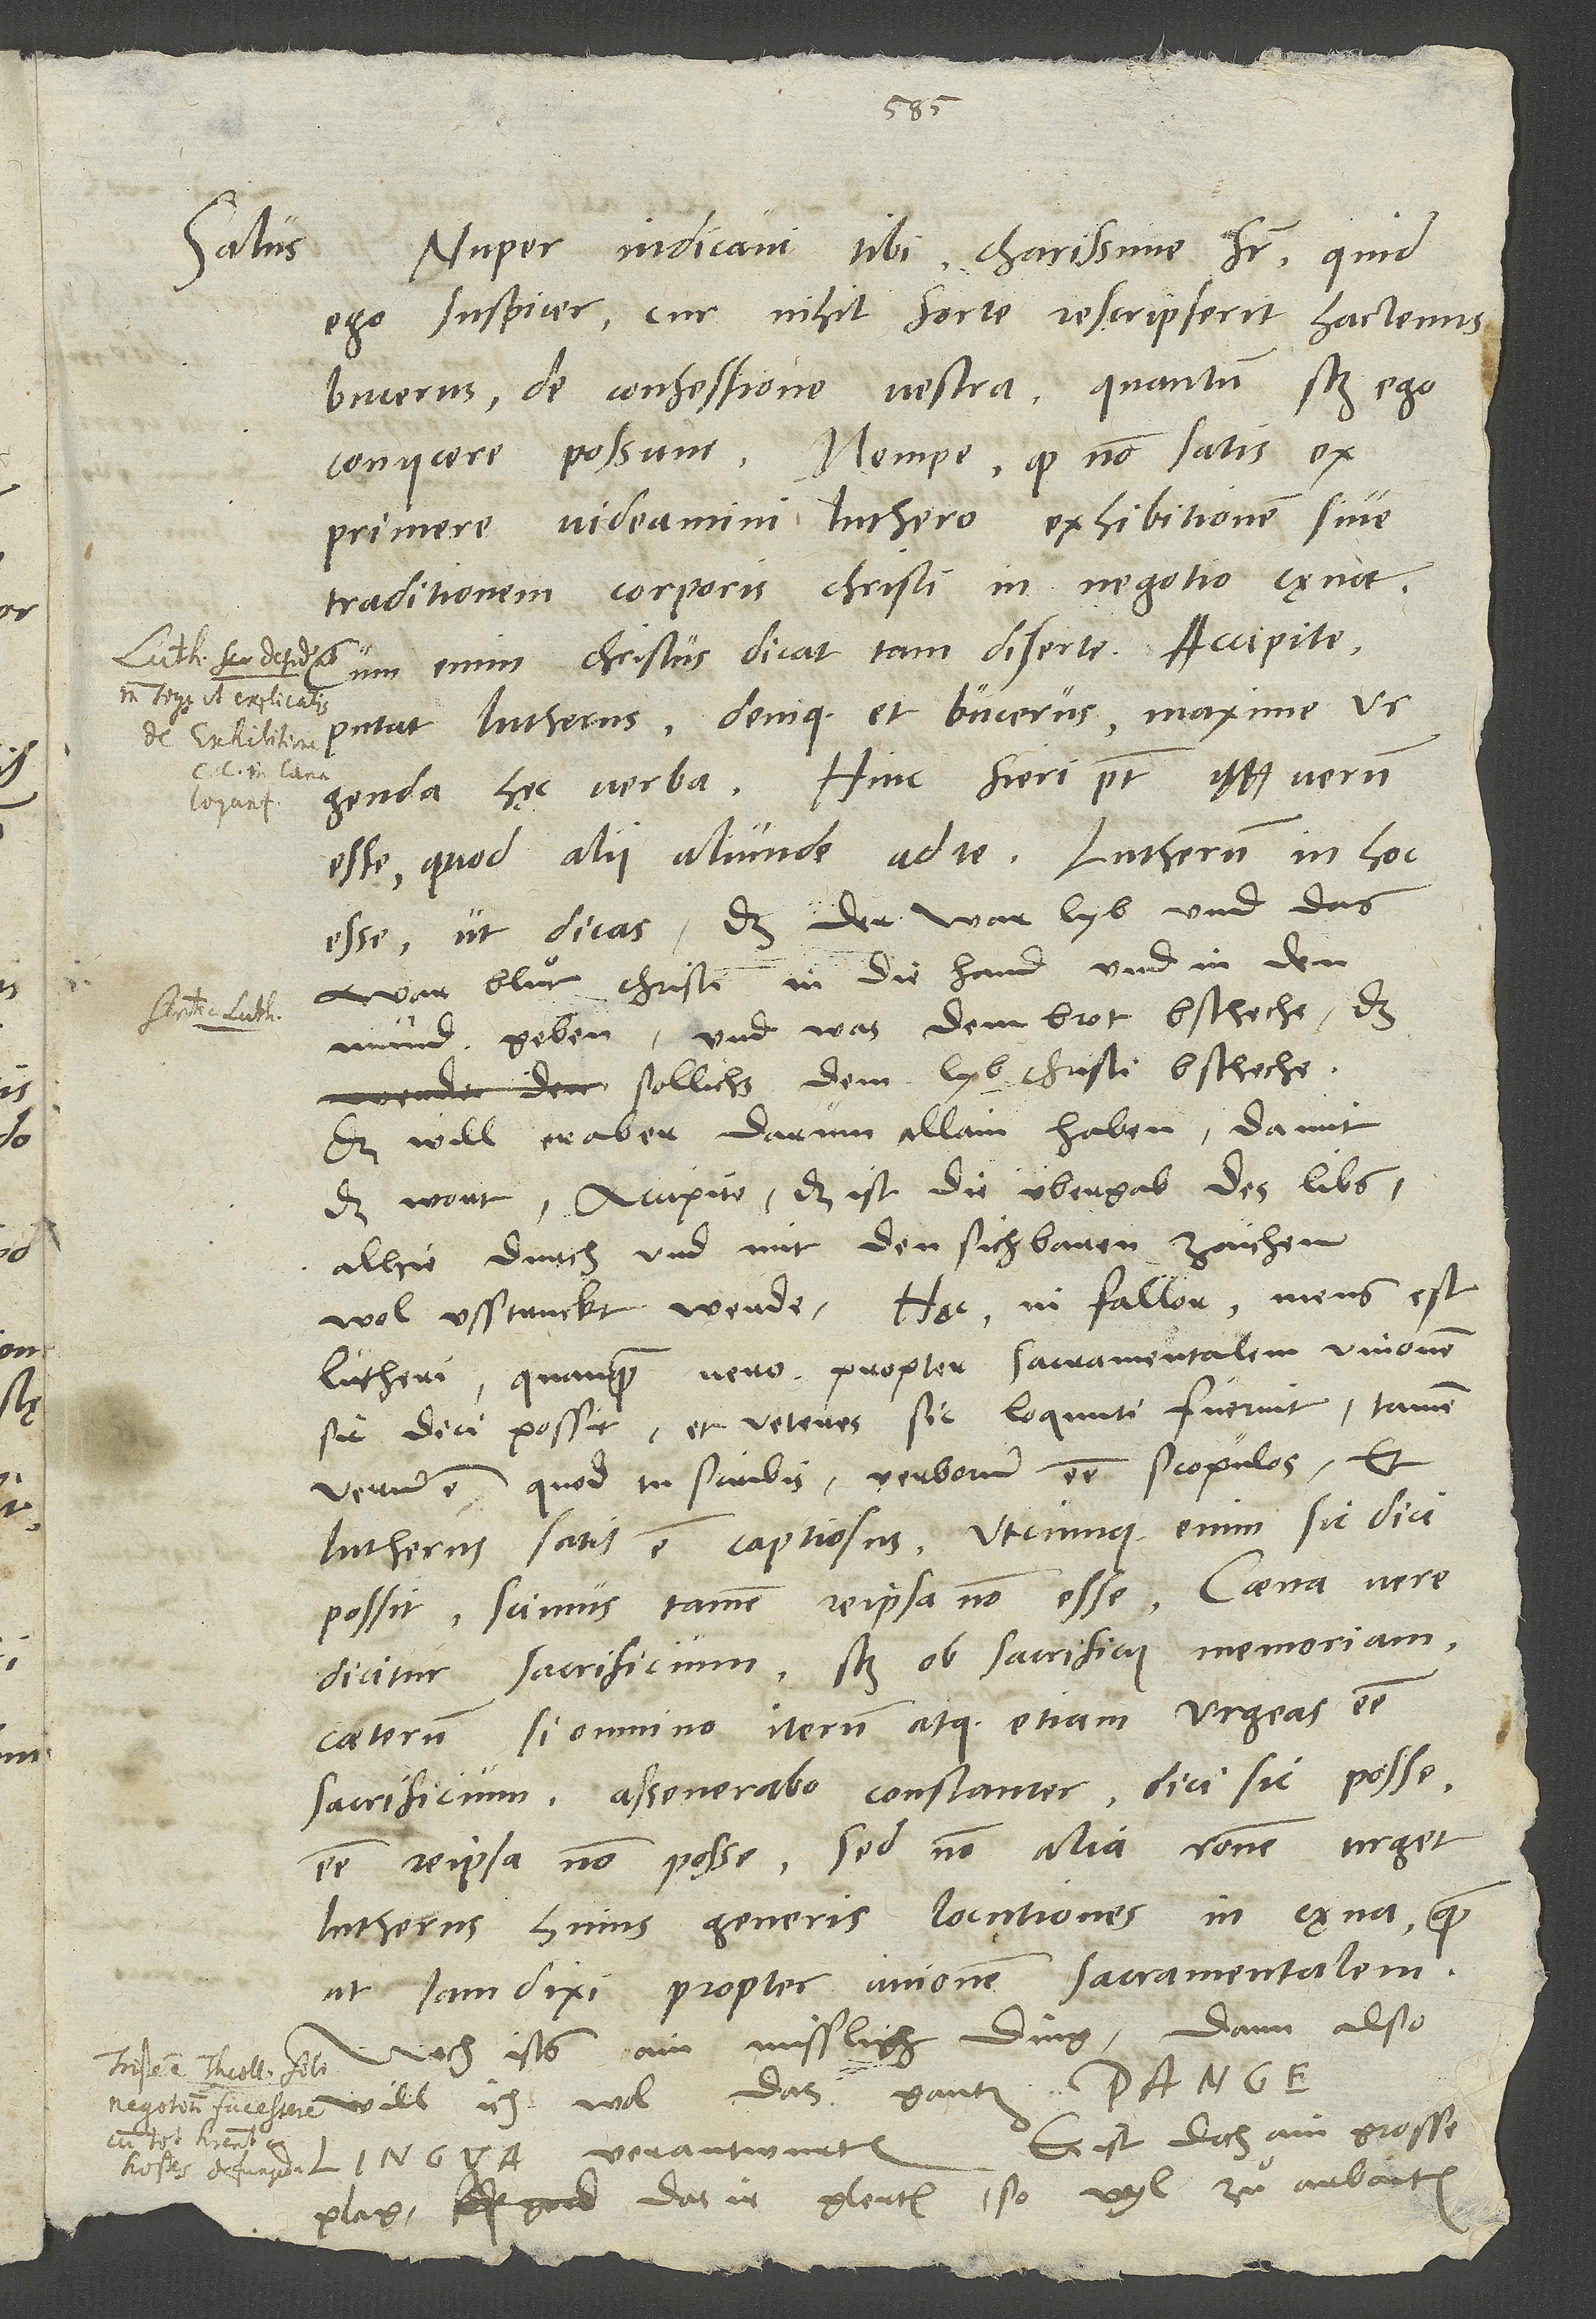
Salus.
Nuper indicavi tibi, charissime frater, quid
ego suspicer, cur nihil forte rescripserit hactenus
Bucerus de confessione vestra, quantum scilicet ego
coniicere possum, nempe quod non satis
exprimere videamini Luthero exhibitionem sive
traditionem corporis Christi in negotio cęnae.
Cum enim Christus dicat tam diserte: "Accipite"
putat Lutherus, denique et Bucerus, maxime
urgenda hęc verba. Hinc fieri potest verum
esse, quod alii aliunde ad te, Lutherum in hoc
esse, ut dicas, "daß der war lyb und das
war bluͦt Christi in die hand und in den
mund geben, und was dem brot bscheche, das
sollichs dem lyb Christi bscheche."
Das will er aber darum allain haben, damit
das wort "accipite", das ist die ubergab des libs,
alhie durch und mit den sichtbaren zaichen
Lutheri. Quanquam vero propter sacramentalem unionem
sic dici possit et veteres sic loquuti fuerint, tamen
verum est, quod tu scribis, verborum esse scopulos. Et
Lutherus satis est captiosus; utcumque enim sic dici
possit, scimus tamen re ipsa non esse. Caena vere
dicitur sacrificium, scilicet ob sacrificii memoriam.
Caeterum, si omnino iterum atque etiam urgeas esse
sacrificium, asseverabo constanter dici sic posse,
esse re ipsa non posse. Sed non alia ratione urget
Lutherus huius generis locutiones in cęna quam,
ut iam dixi, propter unionem sacramentalem.
Noch ists ain misslich ding; dann also
verantworten. Es ist doch ein grosse
plag, das ir glerten so vyl zuͦ arbaiten